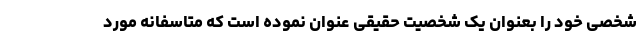
شخصی خود را بعنوان یک شخصیت حقیقی عنوان نموده است که متاسفانه مورد